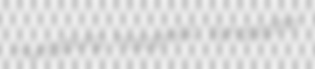
Huntsburg halophilic synalephe